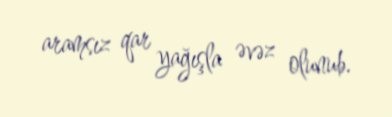
aramsız qar yağışla əvəz olunub.